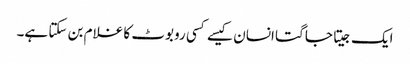
ایک جیتا جاگتا انسان کیسے کسی روبوٹ کا غلام بن سکتا ہے۔